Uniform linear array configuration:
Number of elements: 12
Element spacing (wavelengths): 0.75
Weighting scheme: kaiser
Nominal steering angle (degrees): -30
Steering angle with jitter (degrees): -30.199
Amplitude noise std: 0.05
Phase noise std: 0.05

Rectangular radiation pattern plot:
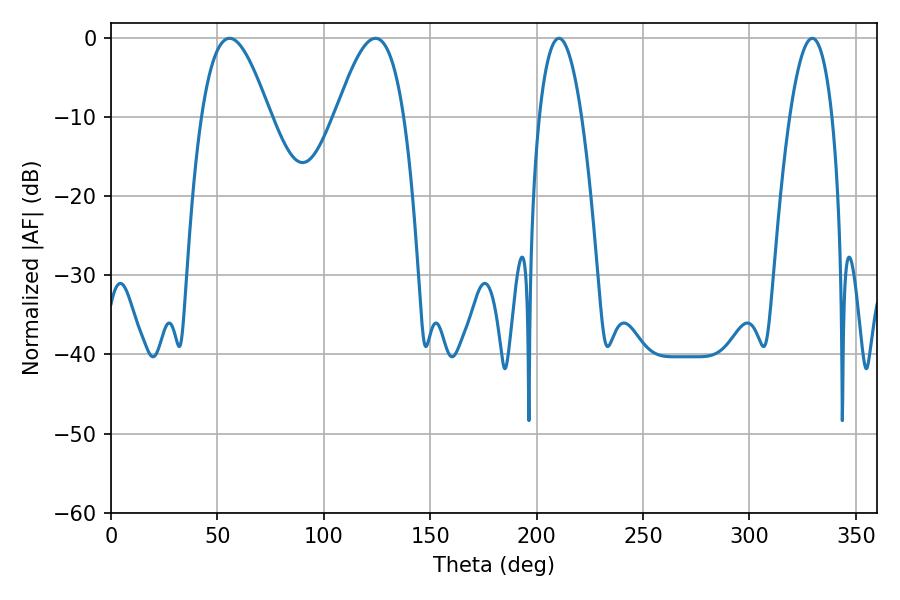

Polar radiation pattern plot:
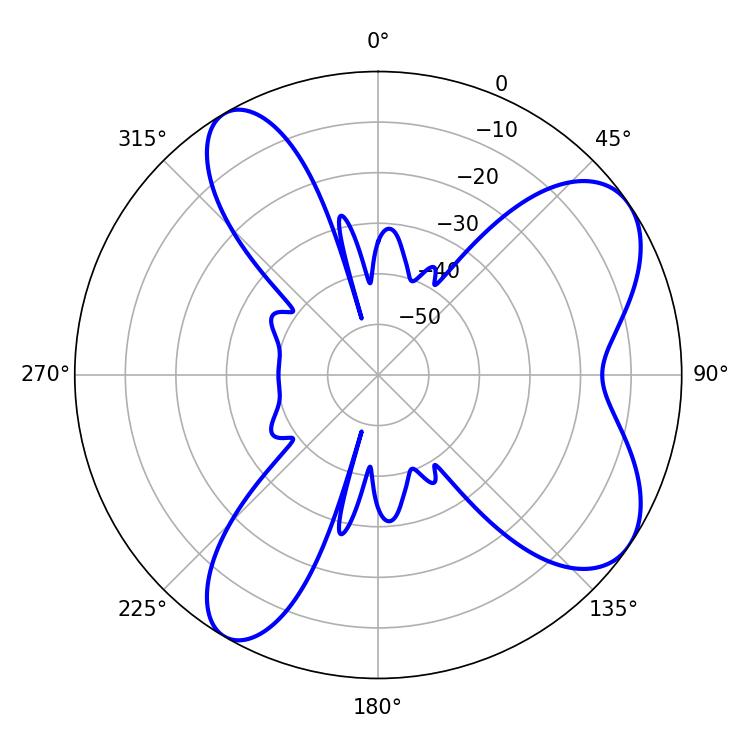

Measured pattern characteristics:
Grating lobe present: TRUE
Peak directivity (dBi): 7.521
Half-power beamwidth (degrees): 10.98
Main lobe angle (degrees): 210.42